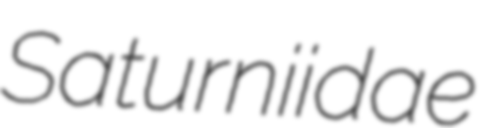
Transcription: Saturniidae